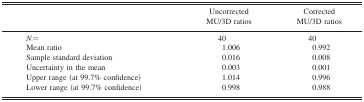
|  | Uncorrected MU/3D ratios | Corrected MU/3D ratios |
 | --- | --- | --- |
 | N= | 40 | 40 |
 | Mean ratio | 1.006 | 0.992 |
 | Sample standard deviation | 0.016 | 0.008 |
 | Uncertainty in the mean | 0.003 | 0.001 |
 | Upper range (at 99.7% confidence) | 1.014 | 0.996 |
 | Lower range (at 99.7% confidence) | 0.998 | 0.988 |